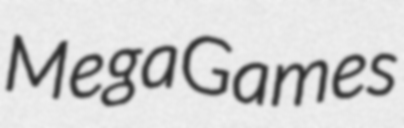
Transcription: MegaGames